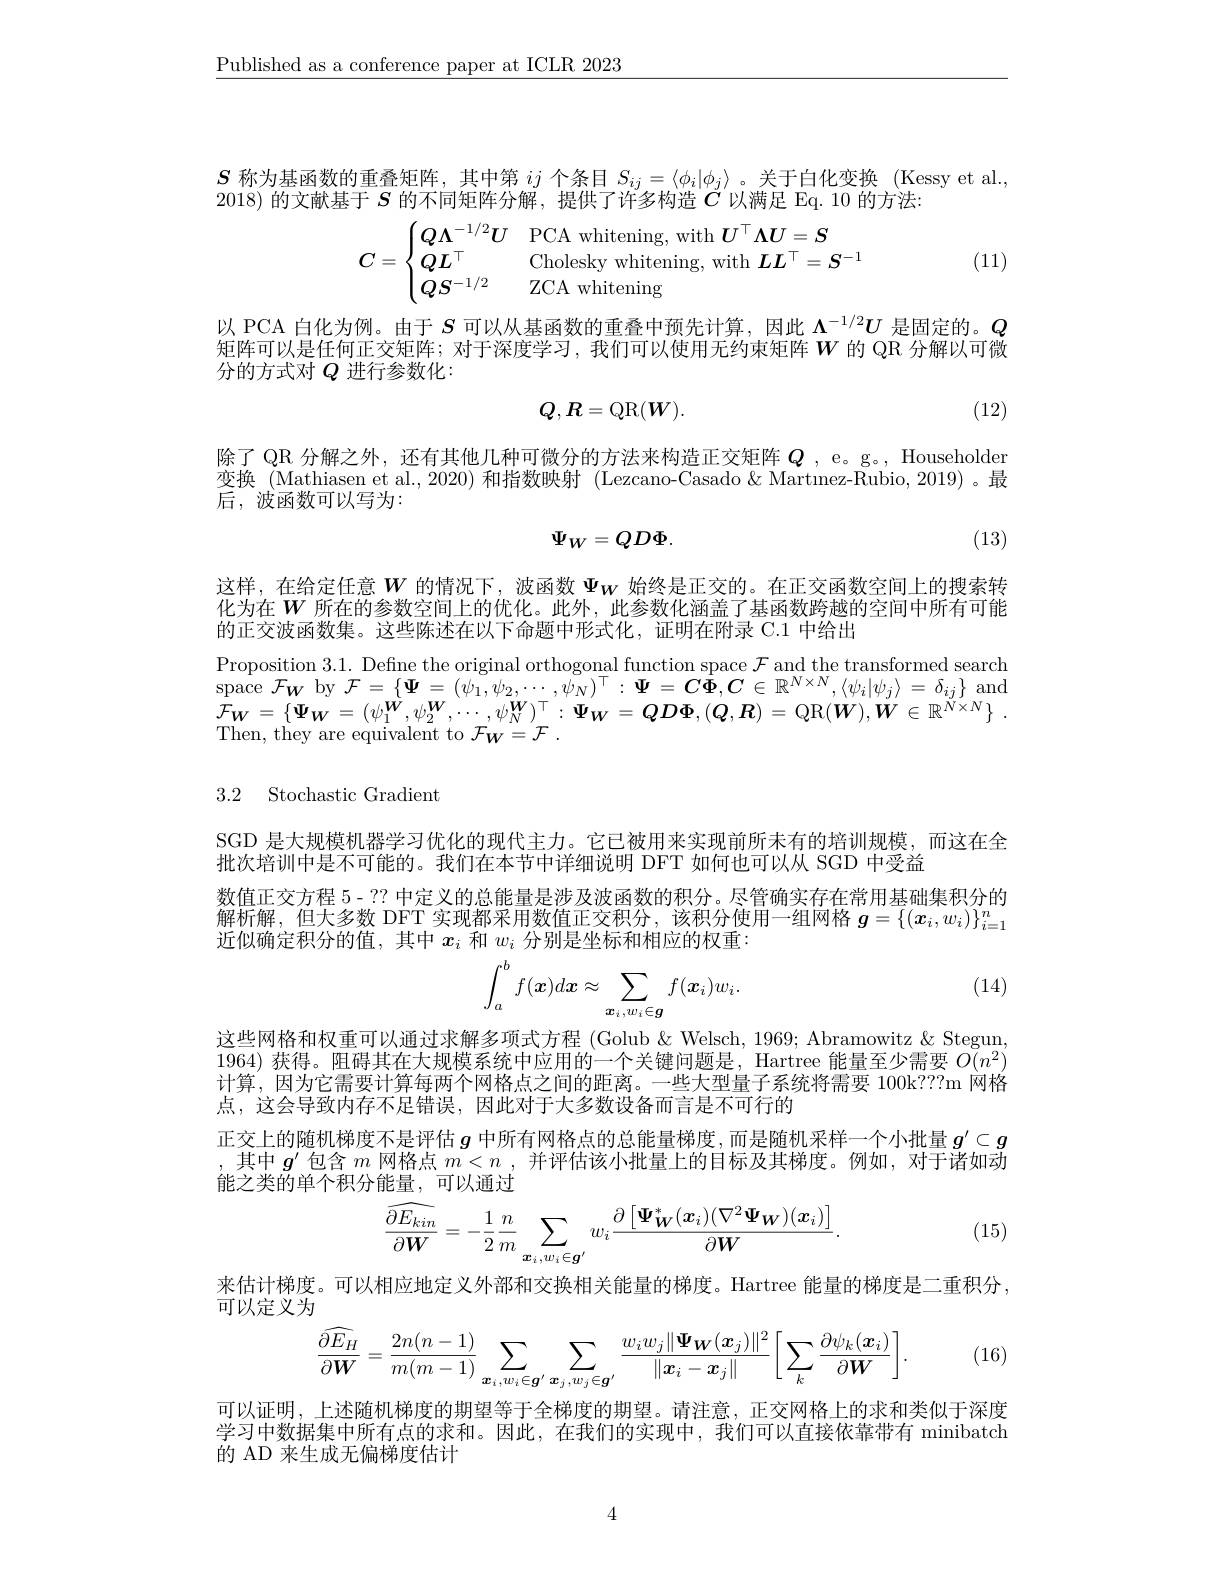
$\underline{\text{Published as a conference paper at ICLR 2023}}$

$S$称为基函数的重叠矩阵，其中第$ij$个条目$S_ij=\langle\phi_i|\phi_j\rangle$。关于白化变换(Kessy et al.
2018)的文献基于$S$的不同矩阵分解，提供了许多构造$\tilde{C}$以满足 Eq. 10 的方法：
$$C=\begin{cases}Q\Lambda^{-1/2}U&\text{PCA whitening, with }U^\top\boldsymbol{\Lambda U}=\boldsymbol{S}\\QL^\top&\text{Cholesky whitening, with }\boldsymbol{LL}^\top=\boldsymbol{S}^{-1}\\QS^{-1/2}&\text{ZCA whitening}\end{cases}$$
(11)

以 PCA 白化为例。由于$S$可以从基函数的重叠中预先计算，因此$\Lambda^{-1/2}U$是固定的。$Q$ 矩阵可以是任何正交矩阵；对于深度学习，我们可以使用无约束矩阵$W$ 的 QR 分解以可微分的方式对$Q$进行参数化：
$$Q,R=\mathrm{QR}(\boldsymbol{W}).$$
(12)

除了 QR 分解之外，还有其他几种可微分的方法来构造正交矩阵$Q$ , e。g。, Householder 变换(Mathiasen et al.,2020)和指数映射(Lezcano-Casado&Martınez-Rubio,2019)。最

后，波函数可以写为：
$$\Psi_W=QD\Phi.$$
(13)

这样，在给定任意$W$的情况下，波函数$\Psi_\mathrm{W}$始终是正交的。在正交函数空间上的搜索转化为在$W$所在的参数空间上的优化。此外，此参数化涵盖了基函数跨越的空间中所有可能的正交波函数集。这些陈述在以下命题中形式化，证明在附录 C.1 中给出

Proposition 3.1. Defne the original orthogonal function space $\mathcal{F}$ and the transformed search $\operatorname{space}\mathcal{F}_{W}$ by $\mathcal{F}=\{\Psi=(\psi_{1},\psi_{2},\cdots,\psi_{N})^{\top}:\Psi=C\Phi,C\in\mathbb{R}^{N\times N},\langle\psi_{i}|\psi_{j}\rangle=\delta_{ij}\}$ and $\bar{\mathcal{F}}_{W}=\{\Psi_{W}=(\psi_{1}^{\grave{W}},\psi_{2}^{\boldsymbol{W}},\cdots,\psi_{N}^{\boldsymbol{W}})_{T}^{\top}:\Psi_{W}=QD\Phi,(Q,R)=Q$R$( W) , W\in \mathbb{R} ^{\dot{N} \times N}\}$ . Then, they are equivalent to $\mathcal{F}_{W}=\mathcal{F}$

3.2 Stochastic Gradient

SGD 是大规模机器学习优化的现代主力。它已被用来实现前所未有的培训规模，而这在全
批次培训中是不可能的。我们在本节中详细说明 DFT 如何也可以从 SGD 中受益
数值正交方程 5- ?? 中定义的总能量是涉及波函数的积分。尽管确实存在常用基础集积分的解析解，但大多数 DFT 实现都采用数值正交积分，该积分使用一组网格$g=\{(\boldsymbol{x}_i,w_i)\}_{i=1}^n$ 近似确定积分的值，其中$x_i$和$w_i$分别是坐标和相应的权重：
$$\int_{a}^{b}f(\boldsymbol{x})d\boldsymbol{x}\approx\sum_{\boldsymbol{x}_{i},w_{i}\in\boldsymbol{g}}f(\boldsymbol{x}_{i})w_{i}.$$
(14)

这些网格和权重可以通过求解多项式方程 (Golub & Welsch, 1969; Abramowitz & Stegun 1964)获得。阻碍其在大规模系统中应用的一个关键问题是，Hartree 能量至少需要$O(n^2)$ 计算，因为它需要计算每两个网格点之间的距离。一些大型量子系统将需要 100k???m 网格点，这会导致内存不足错误，因此对于大多数设备而言是不可行的
正交上的随机梯度不是评估$g$中所有网格点的总能量梯度，而是随机采样一个小批量$g^{\prime}\subset g$ ,其中$g^{\prime}$包含$m$网格点$m<n$ ,并评估该小批量上的目标及其梯度。例如，对于诸如动能之类的单个积分能量，可以通过
$$\widehat{\frac{\partial E_{kin}}{\partial W}}=-\frac{1}{2}\frac{n}{m}\sum_{\boldsymbol{x}_{i},w_{i}\in\boldsymbol{g}^{\prime}}w_{i}\frac{\partial\left[\boldsymbol{\Psi}_{\boldsymbol{W}}^{*}(\boldsymbol{x}_{i})(\nabla^{2}\boldsymbol{\Psi}_{\boldsymbol{W}})(\boldsymbol{x}_{i})\right]}{\partial\boldsymbol{W}}.$$
(15)

来估计梯度。可以相应地定义外部和交换相关能量的梯度。Hartree 能量的梯度是二重积分，
可以定义为
$$\frac{\widehat{\partial E_{H}}}{\partial\boldsymbol{W}}=\frac{2n(n-1)}{m(m-1)}\sum_{\boldsymbol{x}_{i},w_{i}\in\boldsymbol{g}'}\sum_{\boldsymbol{x}_{j},w_{j}\in\boldsymbol{g}'}\frac{w_{i}w_{j}\|\boldsymbol{\Psi}_{\boldsymbol{W}}(\boldsymbol{x}_{j})\|^{2}}{\|\boldsymbol{x}_{i}-\boldsymbol{x}_{j}\|}\bigg[\sum_{k}\frac{\partial\psi_{k}(\boldsymbol{x}_{i})}{\partial\boldsymbol{W}}\bigg].$$
(16)

可以证明，上述随机梯度的期望等于全梯度的期望。请注意，正交网格上的求和类似于深度学习中数据集中所有点的求和。因此，在我们的实现中，我们可以直接依靠带有 minibatch 的 AD 来生成无偏梯度估计

4